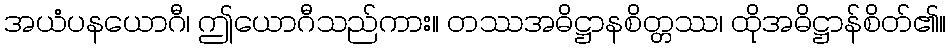
အယံပနယောဂီ၊ ဤယောဂီသည်ကား။ တဿအဓိဋ္ဌာနစိတ္တဿ၊ ထိုအဓိဋ္ဌာန်စိတ်၏။